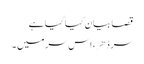
قصا بیان کیا گیا ہے
سر ڈهر، اس سر میں ۔